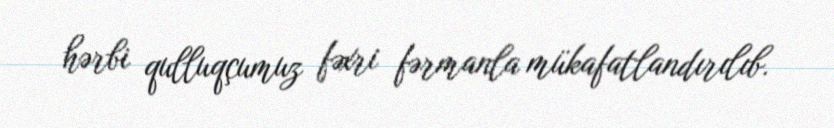
hərbi qulluqçumuz fəxri fərmanla mükafatlandırılıb.